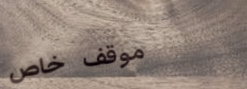
موقف خاص